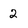
Character: 2